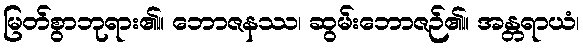
မြတ်စွာဘုရား၏။ ဘောဇနဿ၊ ဆွမ်းဘောဇဉ်၏။ အန္တရာယံ၊